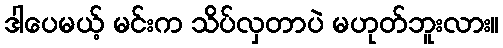
ဒါပေမယ့် မင်းက သိပ်လှတာပဲ မဟုတ်ဘူးလား။